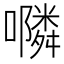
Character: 𭌇